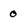
Character: 0